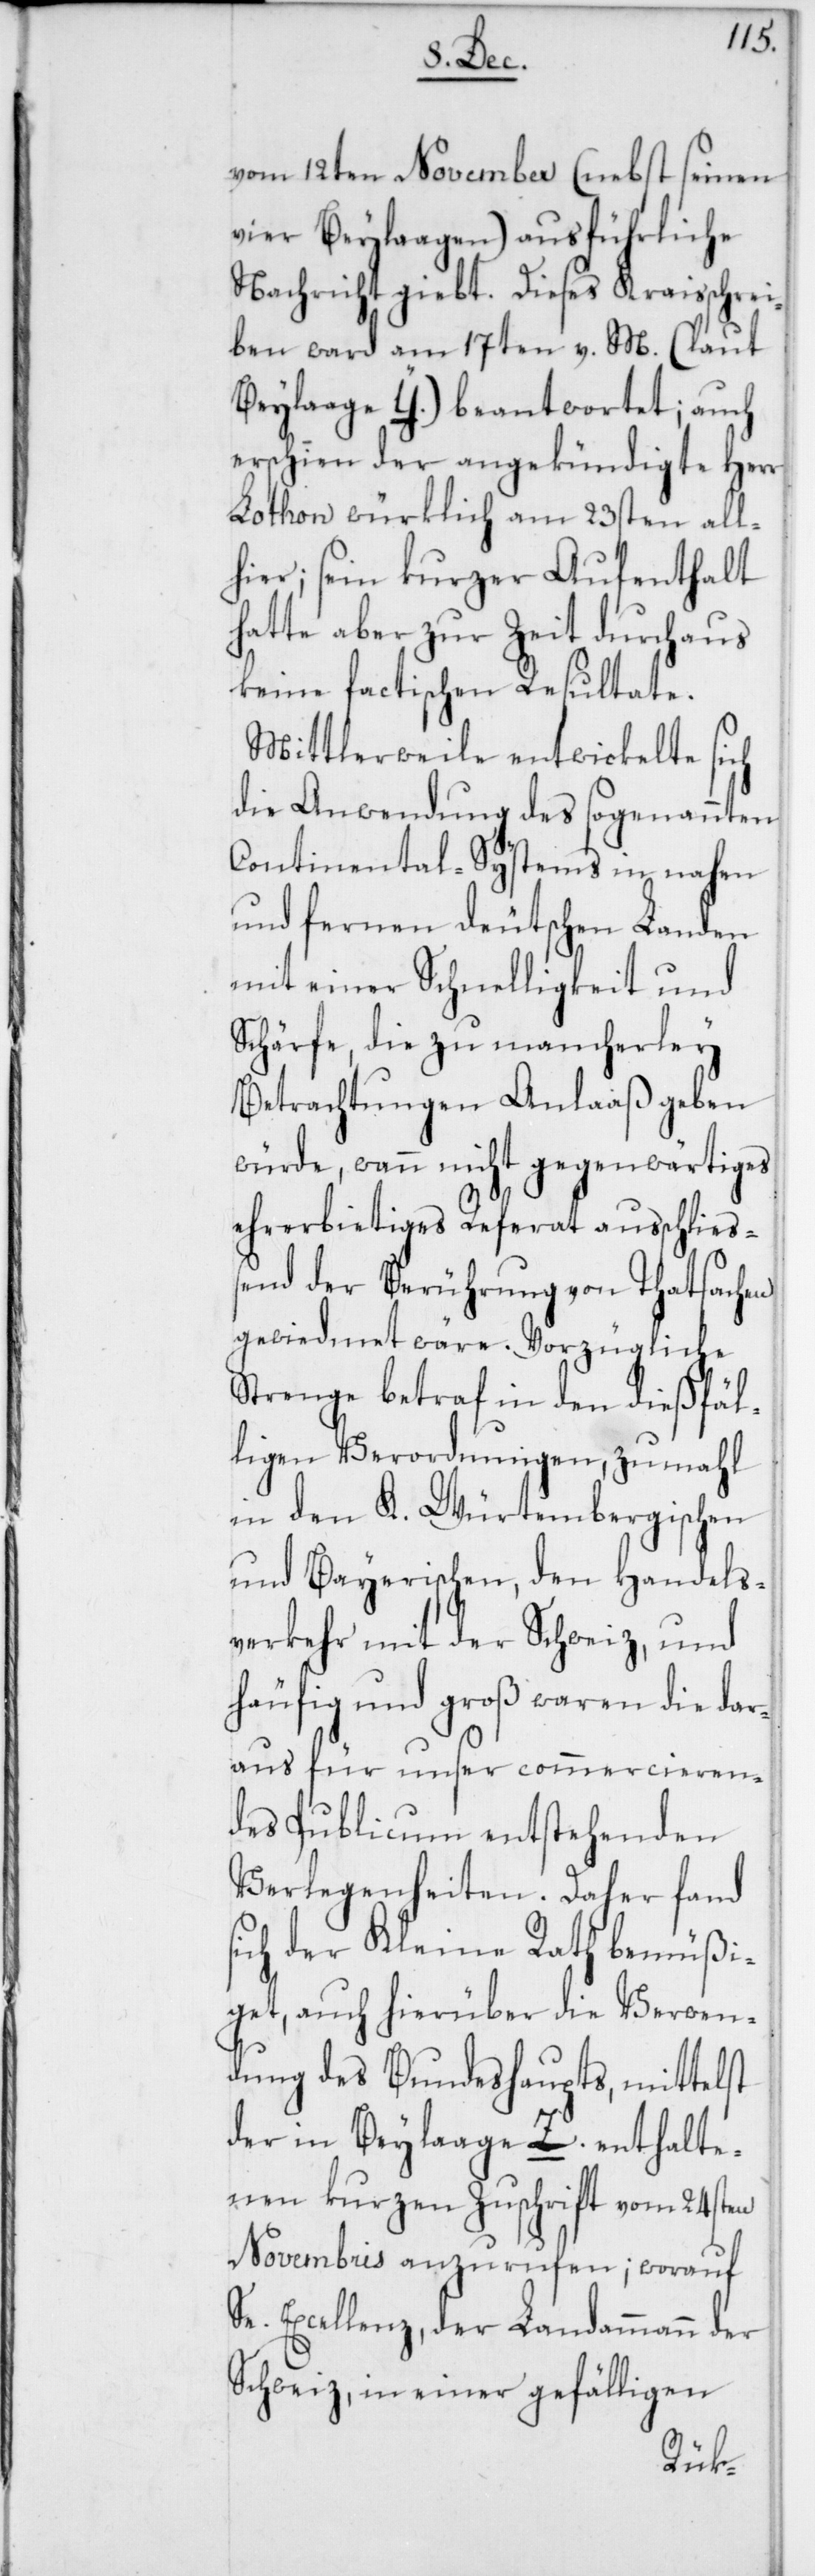
vom 12ten November (nebst seinen
vier Beylaagen) ausführliche
Nachricht giebt. Dieses Kraisschrei¬
ben ward am 17ten v. M. (laut
Beylage Y.) beantwortet; auch
erschien der angekündigte Herr
Lothon würklich am 23sten all¬
hier; sein kurzer Aufenthalt
hatte aber zur Zeit durchaus
keine factischen Resultate.
Mittlerweile entwickelte sich
die Anwendung des sogenannten
Continental-Systems in nahen
und fernen deutschen Landen
mit einer Schnelligkeit und
Schärfe, die zu mancherley
Betrachtungen Anlaß geben
würde, wann nicht gegenwärtiges
s¬
ehrerbietiges Referat ausschließ¬
end der Berührung von Thatsachen
gewiedmet wäre. Vorzügliche
Strenge betraf in den dießfäl¬
ligen Verordnungen, zumahl
in den K. Würtembergischen
und Bayerischen, den Handels¬
verkehr mit der Schweiz, und
häufig und groß waren die dar¬
aus für unser commercieren¬
des Publicum entstehenden
Verlegenheiten. Daher fand
ich der Kleine Rath bemüßi¬
get, auch hierüber die Verwen¬
dung des Bundeshaupts, mittelst
der in Beylage Z. enthalte¬
nen kurzen Zuschrift vom 24sten
Novembris anzurufen; worauf
Se. Excellenz, der Landammann der
Schweiz, in einer gefälligen